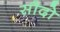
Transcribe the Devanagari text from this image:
सौदो